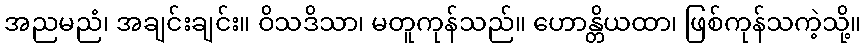
အညမညံ၊ အချင်းချင်း။ ဝိသဒိသာ၊ မတူကုန်သည်။ ဟောန္တိယထာ၊ ဖြစ်ကုန်သကဲ့သို့။